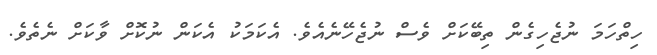
ހިތްހަމަ ނުޖެހިގެން ތިބޭކަށް ވެސް ނުޖެހޭނެއެވެ. އެކަމަކު އެކަން ނުކޮށް ވާކަށް ނެތެވެ.